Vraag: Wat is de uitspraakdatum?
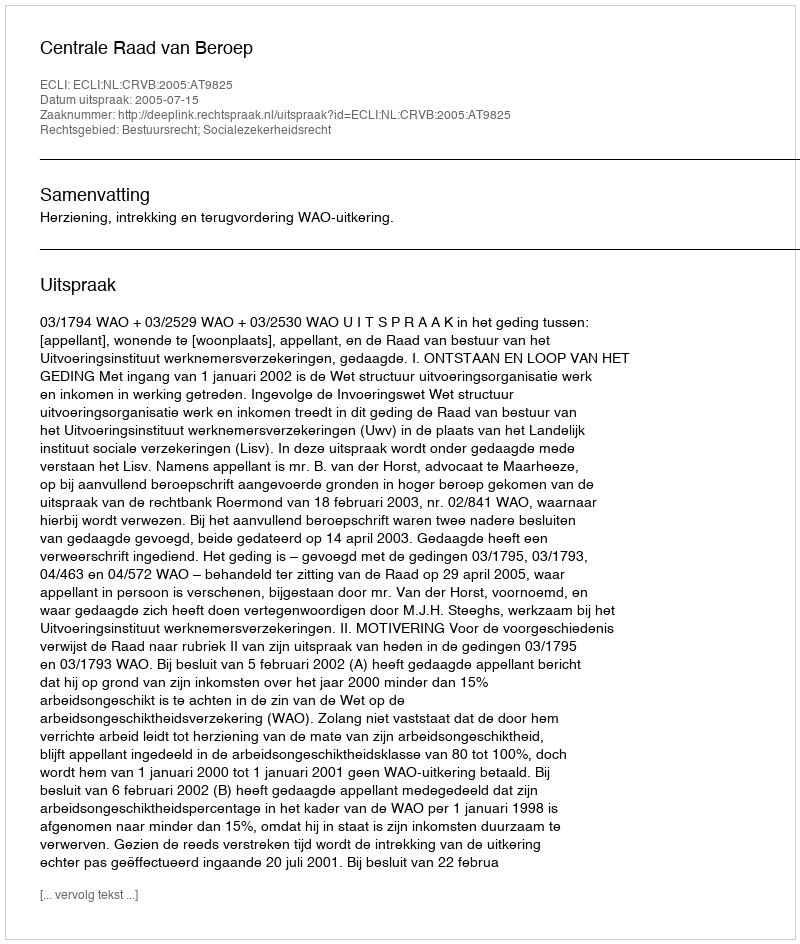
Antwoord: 2005-07-15